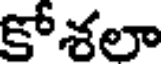
కోశలా